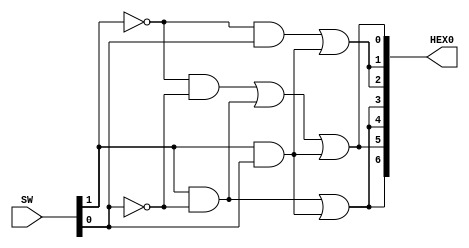
//
// ============================================================
// Laboratory: 	Lab 1 - Part 4 - Digital Logic
// Description:	Seven Segment Display, display 3 different outputs
//						from two select switch inputs.
// By:				K. walsh
//

// SW  1  0    Displayed characters
//     0  0    d 
//     0  1    E
//     1  0    1
//     1  1    -		


// Top Level Module
module display7 (
	input [1:0] SW,
	output [6:0] HEX0);
	
	assign HEX0[0] = (~SW[1] & ~SW[0]) | (SW[1] & ~SW[0]) | (SW[1] & SW[0]);
	assign HEX0[1] = (~SW[1] & SW[0]) | (SW[1] & SW[0]);
	assign HEX0[2] = (~SW[1] & SW[0]) | (SW[1] & SW[0]);
	assign HEX0[3] = (SW[1] & ~SW[0]) | (SW[1] & SW[0]);
	assign HEX0[4] = (SW[1] & ~SW[0]) | (SW[1] & SW[0]);
	assign HEX0[5] = (~SW[1] & ~SW[0]) | (SW[1] & ~SW[0]) | (SW[1] & SW[0]);
	assign HEX0[6] = (SW[1] & ~SW[0]) | (SW[1] & SW[0]);
	//HEX0[0] = (~c1&~c0)|(c1&~c0)|(c1&c0)
	//HEX0[1] = (~c1&c0)|(c1&c0)
	//HEX0[2] = (~c1&c0)|(c1&c0)
	//HEX0[3] = (c1&~c0)|(c1&c0)
	//HEX0[4] = (c1&~c0)|(c1&c0)
	//HEX0[5] = (~c1&~c0)|(c1&~c0)|(c1&c0)
	//HEX0[6] = (c1&~c0)|(c1&c0)
	//
	/*
	 *       0  
	 *      ---  
	 *     |   |
	 *    5|   |1
	 *     | 6 |
	 *      ---  
	 *     |   |
	 *    4|   |2
	 *     |   |
	 *      ---  
	 *       3  
	 */

endmodule